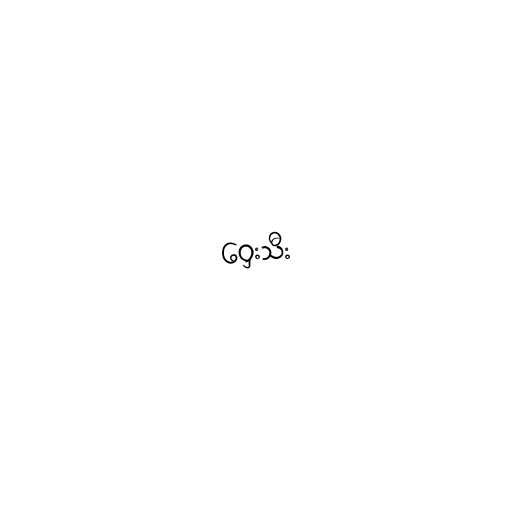
ဝှေးသီး